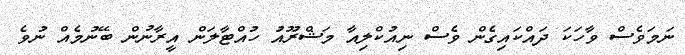
ނަމަވެސް ވާހަކަ ދައްކައިގެން ވެސް ނިއުކްލިއާ މަޝްރޫއު ހުއްޓާލަން އީރާނުން ބޭނުމެއް ނުވެ